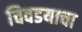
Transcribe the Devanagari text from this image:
चिवडयाचा